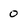
Character: 0